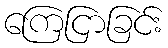
ကြေငြာခြင်း